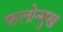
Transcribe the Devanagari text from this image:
फलोन्मुख